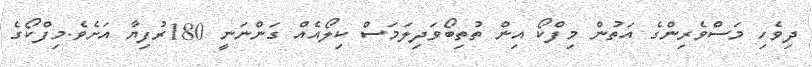
ދިވެހި މަސްވެރިންގެ އަަތުން މިފްކޯ އިން ތުތިބޯވަދިލަމަސް ކިލޯއެއް ގަންނަނީ 180ރުފިޔާ އަށެވެ.މިފްކޯގެ